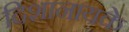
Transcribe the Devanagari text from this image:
दिशानायके